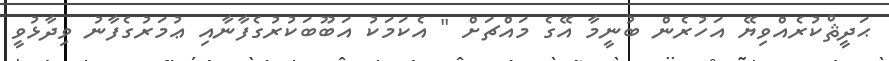
ޙަދީޘްކުރެއްވިޔޭ އަހުރެން ބުނީމާ އޭގެ މައްޗަށް " އެކަމަކު އަބޫބަކުރުގެފާނާއި ޢުމަރުގެފާނު ވިދާޅުވީ